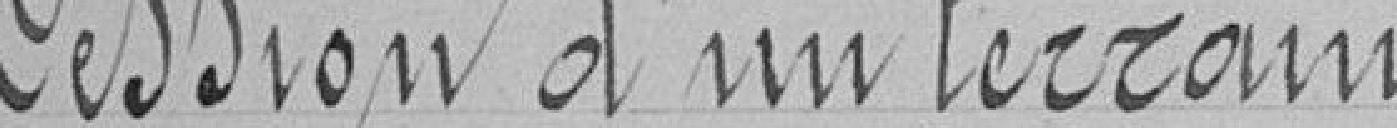
Cession d'un terrain